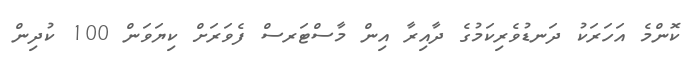
ކޮންމެ އަހަރަކު ދަނޑުވެރިކަމުގެ ދާއިރާ އިން މާސްޓަރސް ފެވަރަށް ކިޔަވަން 100 ކުދިން